Civil Veterinary Department. United Provinces 1923-31 - 1923-1931
Year: 1923
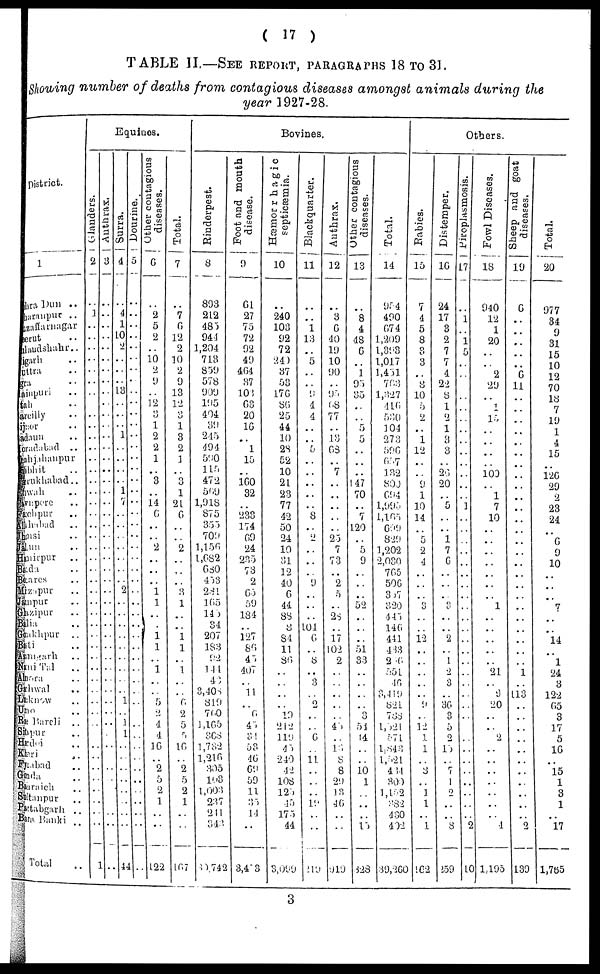
(17)
TABLE II.—SEE REPORT, PARAGRAPHS 18 TO 31.
Showing number of deaths from contagious diseases amongst animals during the
year 1927-28.
District.
1
ra Dun ..
ranpur
..
saffarnagar
rut ..
sudshahr ..
arh ..
tra ..
a ..
npuri ..
li ..
ailly ..
or
aun ..
adabad ..
ujahnpur
ohit
zukhabad ..
xah ..
upore ..
chpur ..
habad ..
1S1
un ..
hrpur
..
da ..
ares ..
zapur ..
npur ..
zipur ..
la ..
khpur ..
Li
nigarh ..
tal ..
ara ..
hwal ..
know
o ..
Bareli
..
pur
..
doi ..
ri ..
abad ..
da ..
Itaich ..
tanpur ..
tabgarh ..
ta Banki ..
Total ..
Equines.
Glanders.
2
..
1
..
..
..
..
..
..
..
..
..
..
..
..
..
..
..
..
..
..
..
..
..
..
..
..
..
..
..
..
..
..
..
..
..
..
..
..
..
..
..
..
..
..
..
..
..
..
1
Anthrax.
3
..
..
..
..
..
..
..
..
..
..
..
..
..
..
..
..
..
..
..
..
..
..
..
..
..
..
..
..
..
..
..
..
..
..
..
..
..
..
..
..
..
..
..
..
..
..
..
..
..
Surra.
4
..
4
1
10
2
..
..
..
13
..
..
.. 1
..
..
..
..
1
7
..
..
..
..
..
..
..
2
..
..
..
..
..
..
..
..
.. 1
.. 1
1
..
..
..
..
..
..
..
..
44
Dourine.
5
..
..
..
..
..
..
..
..
..
..
..
..
..
..
..
..
..
..
..
..
..
..
..
..
..
..
..
..
..
..
..
..
..
..
..
..
..
..
..
..
..
..
..
..
..
..
..
..
..
Other contagious
diseases.
6
..
2
5
2
..
10
2
9
..
12
3 1
2
2
1
.. 3
..
14
6
..
..
2
..
..
..
1
1
..
.
1
1
1
..
5
2
4
4
16
2
5
2
1
..
..
122
Total.
7
..
7
6
12
2
10
2
9
13
12
3
1
3
2
1
.. 3
1
21
0
..
..
2
..
3 1
..
..
1
1
1
..
6
2
5
5
16
2
5
2
1
..
..
167
Bovines.
Rinderpest.
8
893
212
485
944
1,204
718
859
578
909
195
404
39
245
494
590
115 472
569
1,918
875
355
709
1,156
1,682
680
453
281
105
145
34
207
183
92
Ml
48
8,408
819
700
1,165
868
1,782
1,216
305
198
1,003
237
241
343
30,742
Foot and mouth
disease.
9
61
27
75
72
92
49
464
87
105
63
20
16
..
1
15
.. 160
32
....
233
174
09
24
235
73
2
65
59
184
..
127
80
45
407
..
11
.. 0
45
84
53
40
69
59
11
35
14
..
..
3,473
Hæmorrhagic
septicæmia.
10
..
240
103
92
72
240
37
53
176
86
25
44
10
28
52
10
21
23
77
42
50
24
10
81
12
40
6
44
88
8
84
11
80
..
..
..
..
19
212
119
4 5
240
42
108
125
45
175
44
3,099
Blackquarter.
11
..
..
1
13
..
5
..
..
9
4
4
..
..
5
..
..
..
..
..
..
8
..
2
..
..
..
9
..
..
..
104
6
..
8
..
3
2
..
6
11
..
..
19
..
..
219
Anthrax.
12
..
3
6
40
19
10
90
..
95
68
77
..
13
68
..
7
..
..
..
..
..
25
7
73
..
2
.5
..
28
..
17
102
2
..
45
16
8
8
29
13
46
..
..
919
Other contagious
diseases.
13
..
8
4
48
6
..
1
95
35
..
..
5
5
..
..
..
147
70
7
120
..
5
9
..
..
..
52
..
..
51
33
..
..
..
3
54
14
..
10
1
..
..
..
15
328
Total.
14
954
490
674
1,209
1,393
1,017
1,451
763
1,327
416
530
104
273
596
687
132
800
694
1,995
1,105
699
829
1,202
2,080
705
506
367
820
445
140
441
433
2 0
551
40
3,419
821
788
1,521
571
1,848
1,521
414
300
1,152
382
480
402
39,260
Others.
Babies.
15
7
4
5
8
8
3
8
10
5
2
..
1
12
..
..
9
1
10
14
..
5
2
4
..
..
..
8
..
..
12
..
..
..
..
..
9
..
12
1
1
..
3
..
1
1
..
1
162
Distemper.
16
24
17
8
2
7
7
4
22
8
1
2
1
8
8
..
26
20
..
5
..
..
1
7
0
..
..
..
3
..
..
2
..
1
2
3
..
30
3
5
2
15
..
7
1
2
..
.. 8
259
Piroplasmosis.
17
..
1
..
1
5
..
..
..
..
..
..
..
..
..
..
..
..
..
..
..
..
..
..
..
..
..
..
..
..
..
..
..
..
..
..
..
..
..
..
..
..
..
..
..
..
..
.. 2
10
Fowl Diseases.
18
940
12
1
20
..
..
2
29
..
1
15
..
..
..
..
100
..
1
7
10
..
..
..
..
..
..
..
1
..
..
..
..
..
21
..
9
20
..
..
2
..
..
..
..
..
..
.. 4
1,195
Sheep
and goat
diseases.
19
6
..
..
..
..
..
6
11
..
..
..
..
..
..
..
..
..
..
..
..
..
..
..
..
..
..
....
..
..
..
..
..
..
1
..
113
..
..
..
..
..
..
..
..
..
..
..
2
139
Total.
20
977
34
..
31
..
10
12
70
18
7
19
1
4
15
..
126
29
2
23
24
..
6
9
10
..
..
..
7
..
..
14
..
1
24
3
122
65
3
17
5
16
..
15
1
3
1
..
17
1,765
3